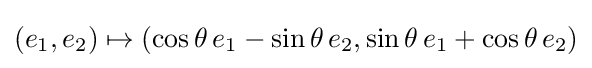
(e_{1},e_{2})\mapsto (\cos \theta \,e_{1}-\sin \theta \,e_{2},\sin \theta \,e_{1}+\cos \theta \,e_{2})